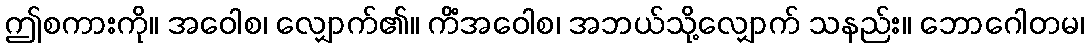
ဤစကားကို။ အဝေါစ၊ လျှောက်၏။ ကိံအဝေါစ၊ အဘယ်သို့လျှောက် သနည်း။ ဘောဂေါတမ၊